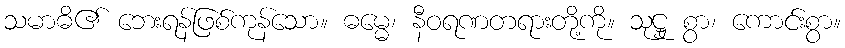
သမာဓိ၏ ဘေးရန်ဖြစ်ကုန်သော။ ဓမ္မေ၊ နီဝရဏတရားတို့ကို။ သုဋ္ဌု စွာ၊ ကောင်းစွာ။